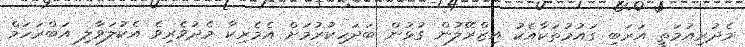
މެދުރިއުމަތީ އަރަބި ގައުމުތަކާއެކު އިޒްރޭލުން ގުޅުން ބަދަހިކުރުމަށް އެމެރިކާ މެދުވެރިވެ އެކުލަވާލި އަބްރަހަމް